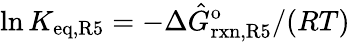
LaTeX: \ln{K_{\mathrm{eq,R5}}}=-\Delta\hat{G}_{\mathrm{rxn,R5}}^{\mathrm{o}}/(RT)